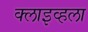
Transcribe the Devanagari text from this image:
क्लाइव्हला